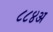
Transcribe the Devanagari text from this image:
८८४अ